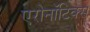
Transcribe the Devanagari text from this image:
एरोनॉटिक्‍स